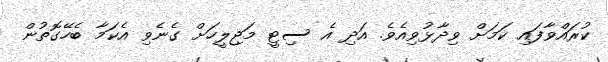
ކުރައްވާފައި ކަމަށް ވިދާޅުވިއެވެ. އަދި އެ ސިޓީ މަޖިލީހަށް ގެނެވި އެކަމާ ބެހޭގޮތުން